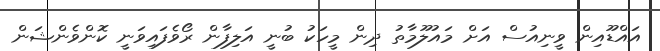
އައްޑޫއިން ވީނިއުސް އަށް މައުލޫމާތު ދިން މީހަކު ބުނީ އަލިފާން ރޯވެފައިވަނީ ކޮންވެންޝަން